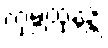
ကုမ္ဘထုနန္တိ